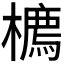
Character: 𪴇